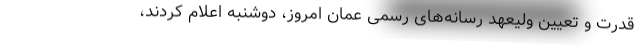
قدرت و تعیین ولیعهد رسانه‌های رسمی عمان امروز، دوشنبه اعلام کردند،